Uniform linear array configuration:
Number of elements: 64
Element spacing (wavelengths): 0.5
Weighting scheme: hamming
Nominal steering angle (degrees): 0
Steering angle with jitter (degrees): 0.7465
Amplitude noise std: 0.05
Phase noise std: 0.05

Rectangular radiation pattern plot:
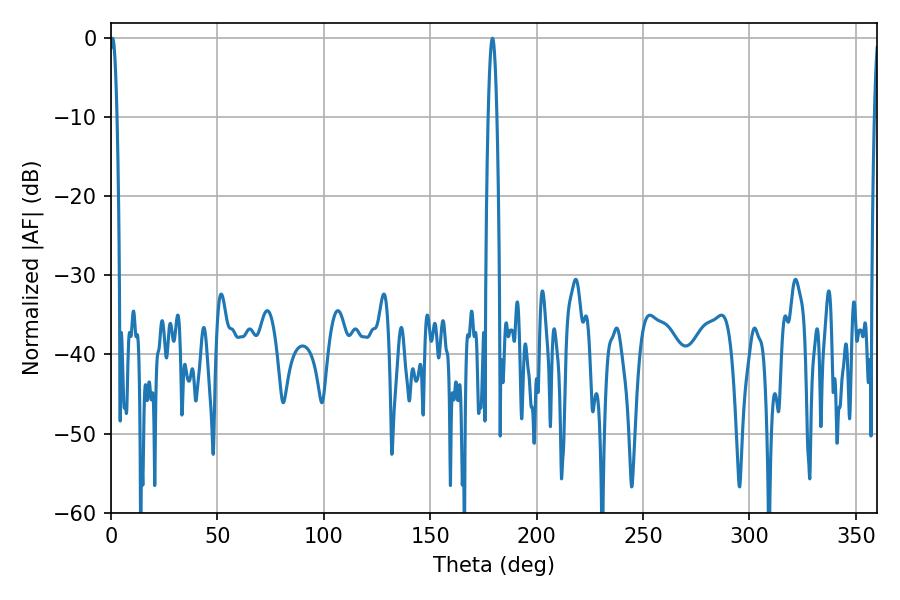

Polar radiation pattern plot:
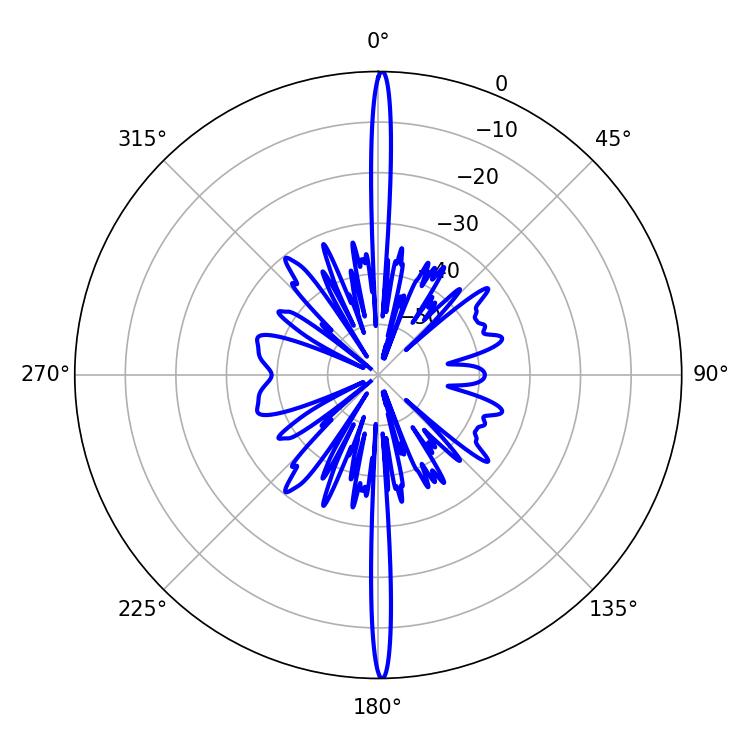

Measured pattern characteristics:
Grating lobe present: FALSE
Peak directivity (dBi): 32.693
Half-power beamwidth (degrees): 1.8
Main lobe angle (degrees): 0.72